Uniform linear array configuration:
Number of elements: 8
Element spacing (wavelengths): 1
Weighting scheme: exponential
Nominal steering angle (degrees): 45
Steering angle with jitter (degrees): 46.935
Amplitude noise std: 0.05
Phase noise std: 0.05

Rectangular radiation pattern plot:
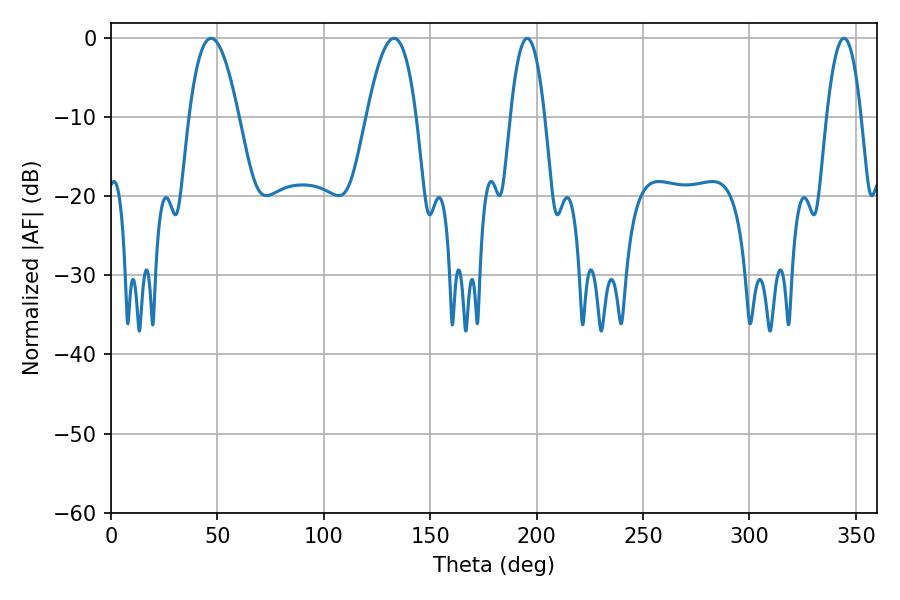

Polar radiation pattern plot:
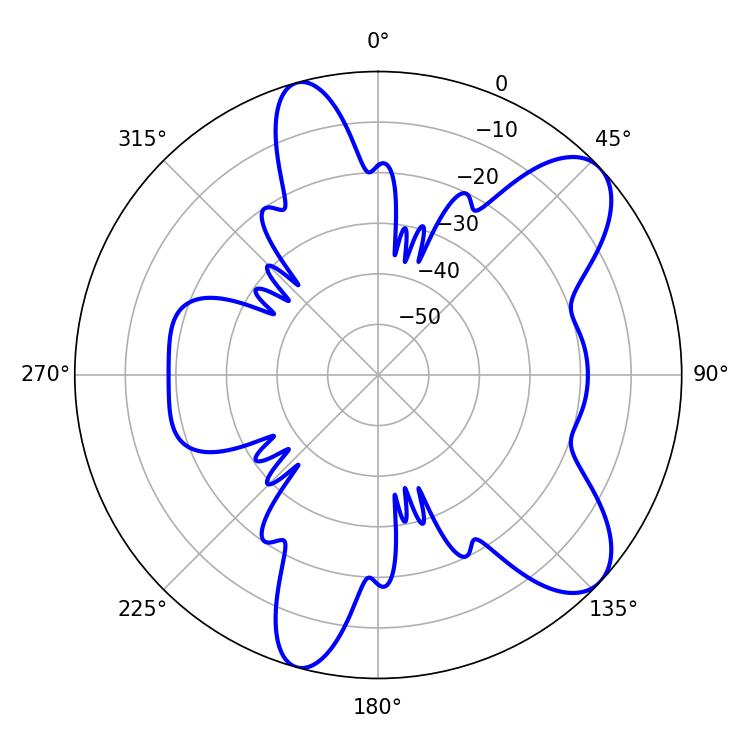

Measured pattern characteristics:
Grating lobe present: TRUE
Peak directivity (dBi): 8.793
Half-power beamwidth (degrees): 12.78
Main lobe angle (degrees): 46.98